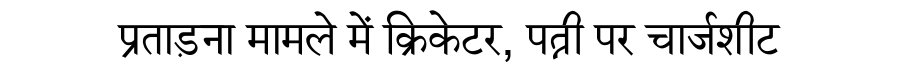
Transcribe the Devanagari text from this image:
प्रताड़ना मामले में क्रिकेटर, पत्नी पर चार्जशीट